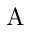
\mathrm { A }